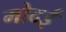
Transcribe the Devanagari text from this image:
मोदई